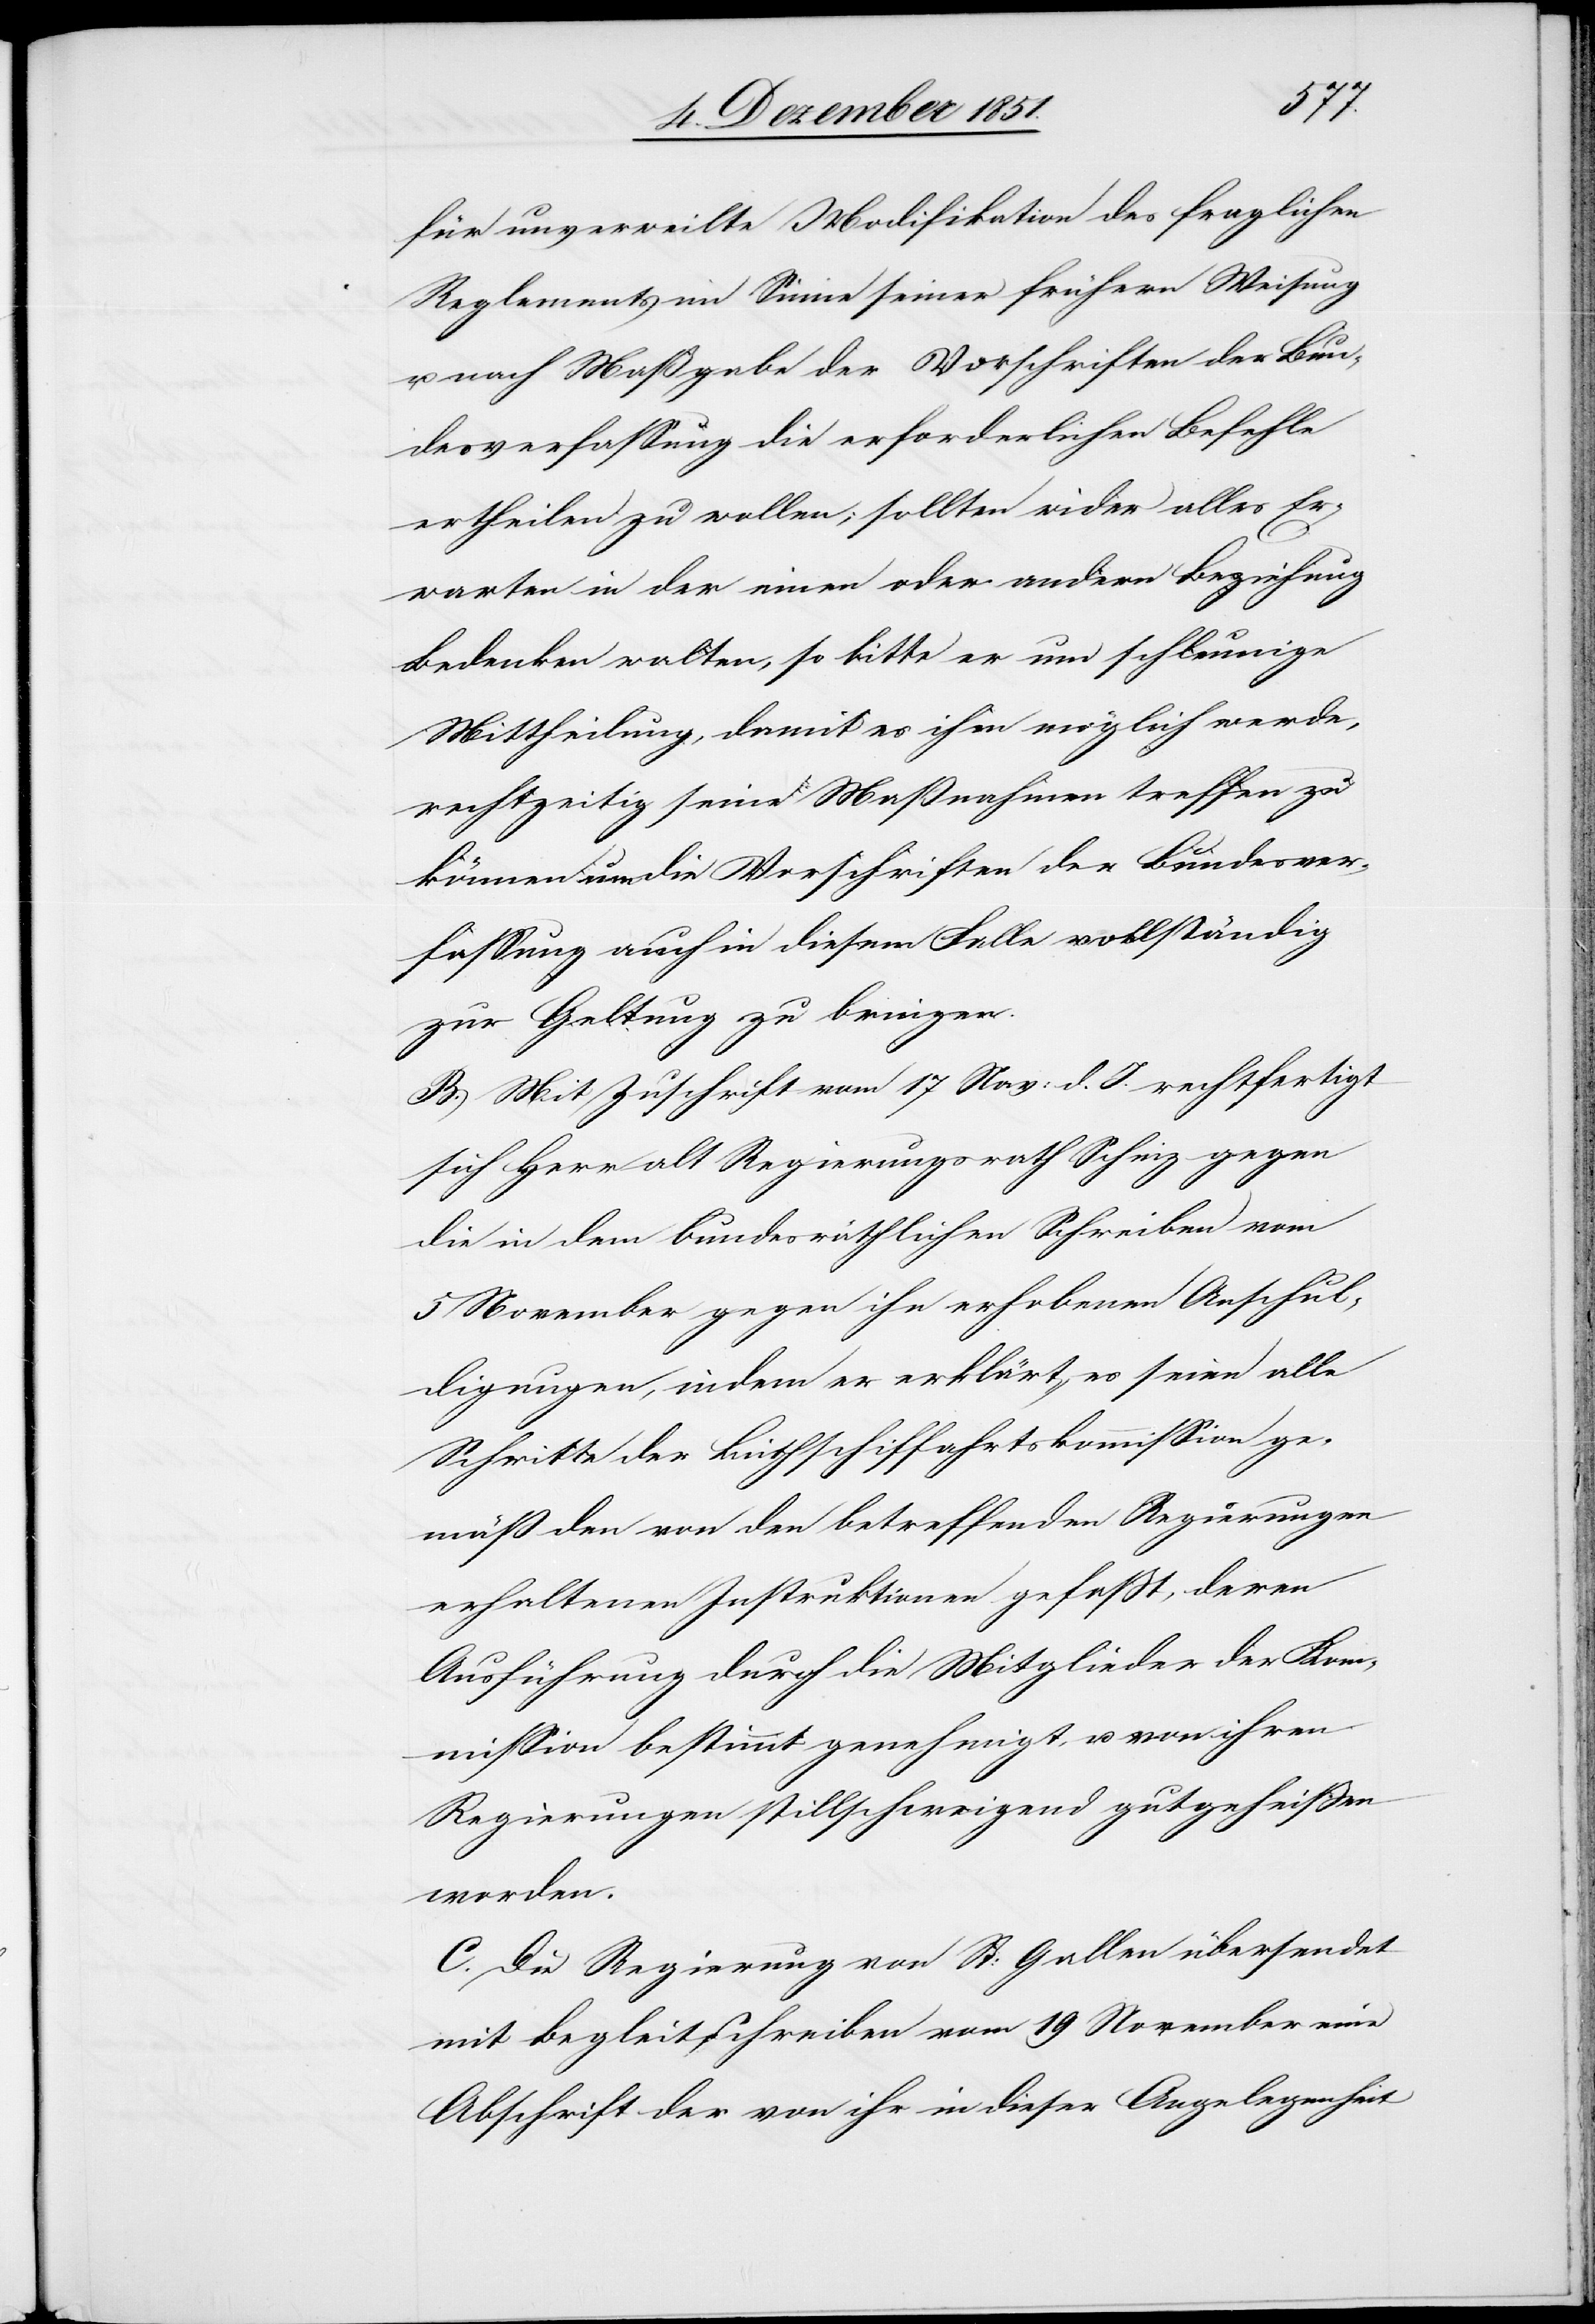
für unverweilte Modifikation des fraglichen
Reglements im Sinne seiner frühern Weisung
u. nach Maßgabe der Vorschriften der Bun¬
desverfassung die erforderlichen Befehle
ertheilen zu wollen; sollten wider alles Er¬
warten in der einen oder andern Beziehung
Bedenken walten, so bitte er um schleunige
Mittheilung, damit es ihm möglich werde,
rechtzeitig seine Maßnahmen treffen zu
können um die Vorschriften der Bundesver¬
fassung auch in diesem Falle vollständig
zur Geltung zu bringen.
B. Mit Zuschrift vom 17 Nov: d. J. rechtfertigt
sich Herr alt Regierungsrath Schinz gegen
die in dem bundesräthlichen Schreiben vom
5 November gegen ihn erhobenen Anschul¬
digungen, indem er erklärt, es seien alle
Schritte der Linthschiffahrtskommission ge¬
mäß den von den betreffenden Regierungen
erhaltenen Instruktionen gefaßt, deren
Ausführung durch die Mitglieder der Kom¬
mission bestimmt genehmigt, u. von ihren
Regierungen stillschweigend gutgeheißen
worden.
C. Die Regierung von St: Gallen übersendet
mit Begleitschreiben vom 19 November eine
Abschrift der von ihr in dieser Angelegenheit